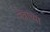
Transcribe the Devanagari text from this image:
नेत्राच्या